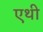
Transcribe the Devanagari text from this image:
एथी